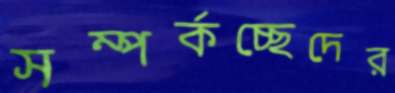
সম্পর্কচ্ছেদের